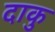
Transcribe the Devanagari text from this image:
दाकु